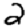
Digit: 2